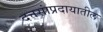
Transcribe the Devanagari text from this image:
दत्तसांप्रदायातील